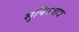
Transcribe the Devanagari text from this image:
सुषिरवाद्य